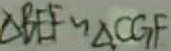
\Delta B E F \sim \Delta C G F